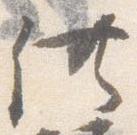
供